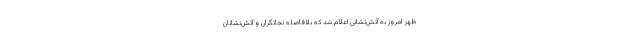
ظهر امروز به آتش‌نشانی اعلام شد که بلافاصله نجاتگران و آتش‌نشانان